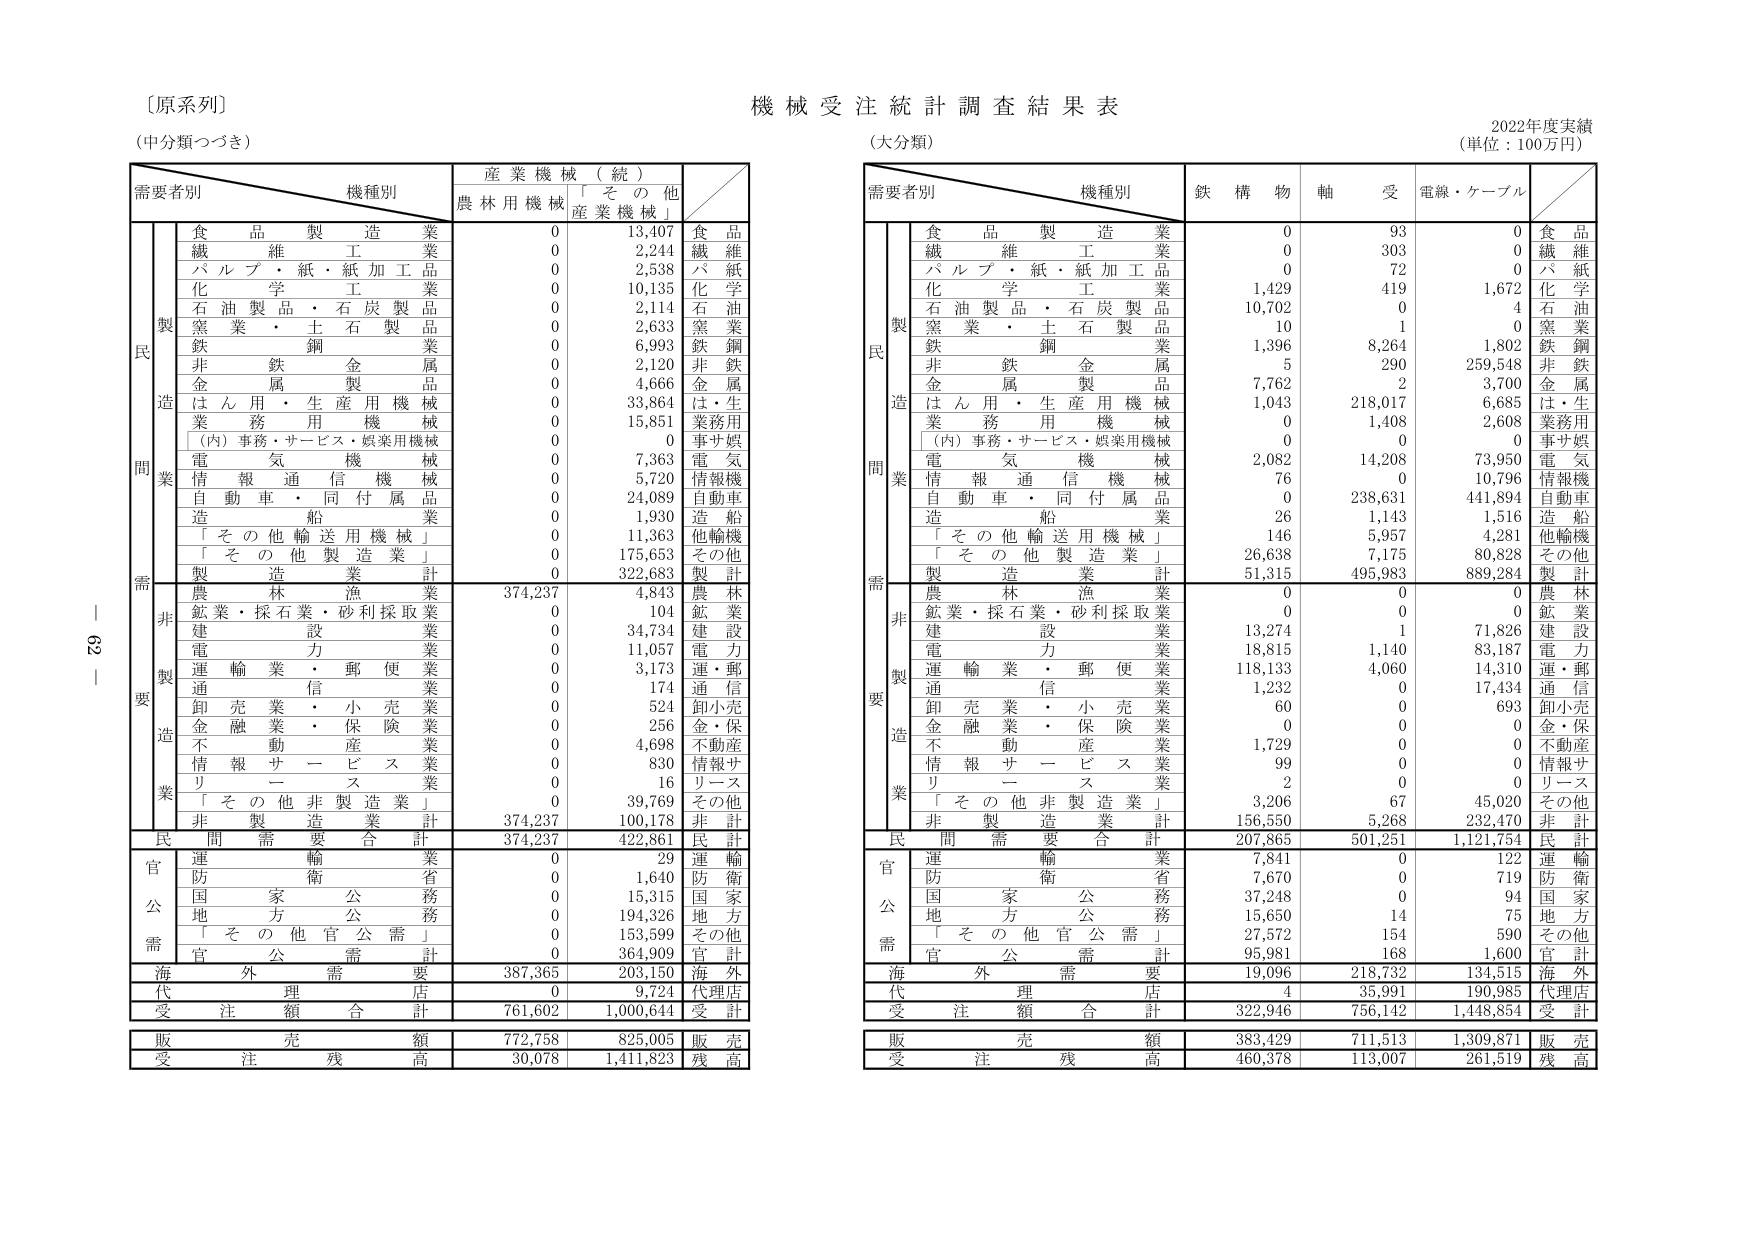
〔原系列〕
（中分類つづき）

機械受注統計調査結果表
（大分類）
2022年度実績
（単位：100万円）

需要者別　機種別　産業機械（続）
　　　　　　　　　　　農林用機械　「その他産業機械」

　　　　　　　　　　　　需要者別　機種別　鉄構物　軸　受　電線・ケーブル